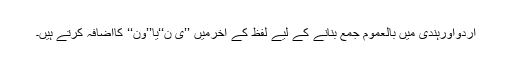
اردواورہندی میں بالعموم جمع بنانے کے لیے لفظ کے آخرمیں ’’ی ن‘‘یا’’ون‘‘ کااضافہ کرتے ہیں۔